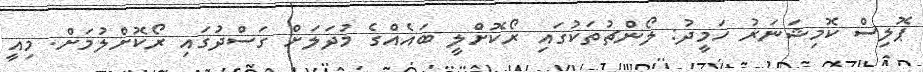
ޕޮލިސް ކޮމިޝަނަރު ހަމީދު: ލޯންޗުތަކުގައި ރޯކޮށްލީ ބައެއްގެ މުދަލަށް ގަސްދުގައި ރޯކޮށްލުމަށް. މިއީ